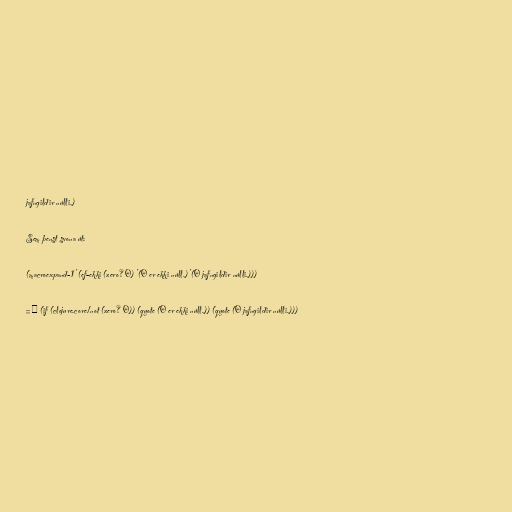
jafngildir núlli.)

Sem þenst svona út:

(macroexpand-1 '(ef-ekki (zero? 0) '(0 er ekki núll.) '(0 jafngildir núlli.)))

;; ⇒ (if (clojure.core/not (zero? 0)) (quote (0 er ekki núll.)) (quote (0 jafngildir núlli.)))